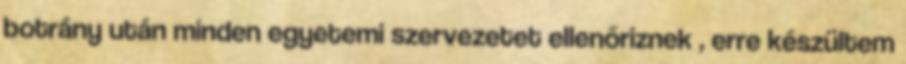
botrány után minden egyetemi szervezetet ellenőriznek , erre készültem